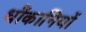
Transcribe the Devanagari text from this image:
धौंकानियों